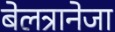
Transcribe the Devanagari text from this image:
बेलत्रानेजा